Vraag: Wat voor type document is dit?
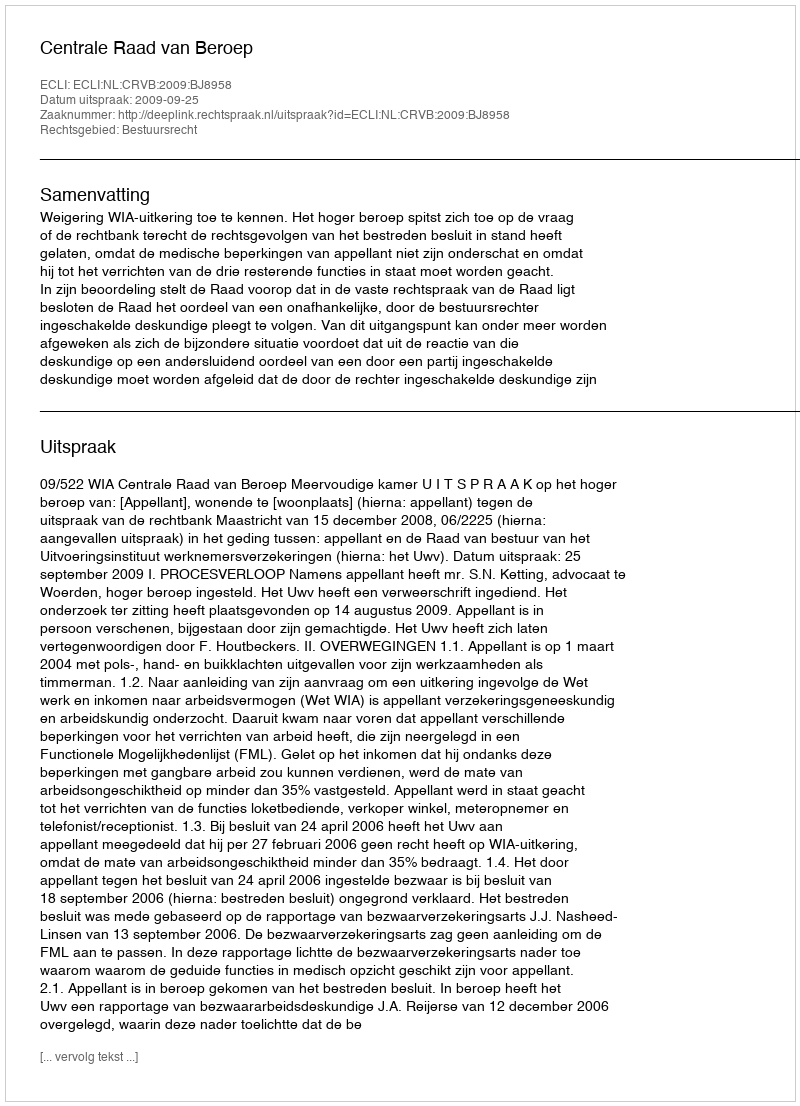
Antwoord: Uitspraak